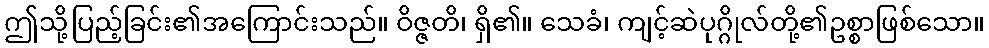
ဤသို့ပြည့်ခြင်း၏အကြောင်းသည်။ ဝိဇ္ဇတိ၊ ရှိ၏။ သေခံ၊ ကျင့်ဆဲပုဂ္ဂိုလ်တို့၏ဥစ္စာဖြစ်သော။